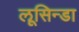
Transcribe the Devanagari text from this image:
लूसिन्डा